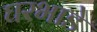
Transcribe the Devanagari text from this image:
घरभाडे